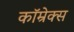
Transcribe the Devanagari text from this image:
कॉम्रेक्स